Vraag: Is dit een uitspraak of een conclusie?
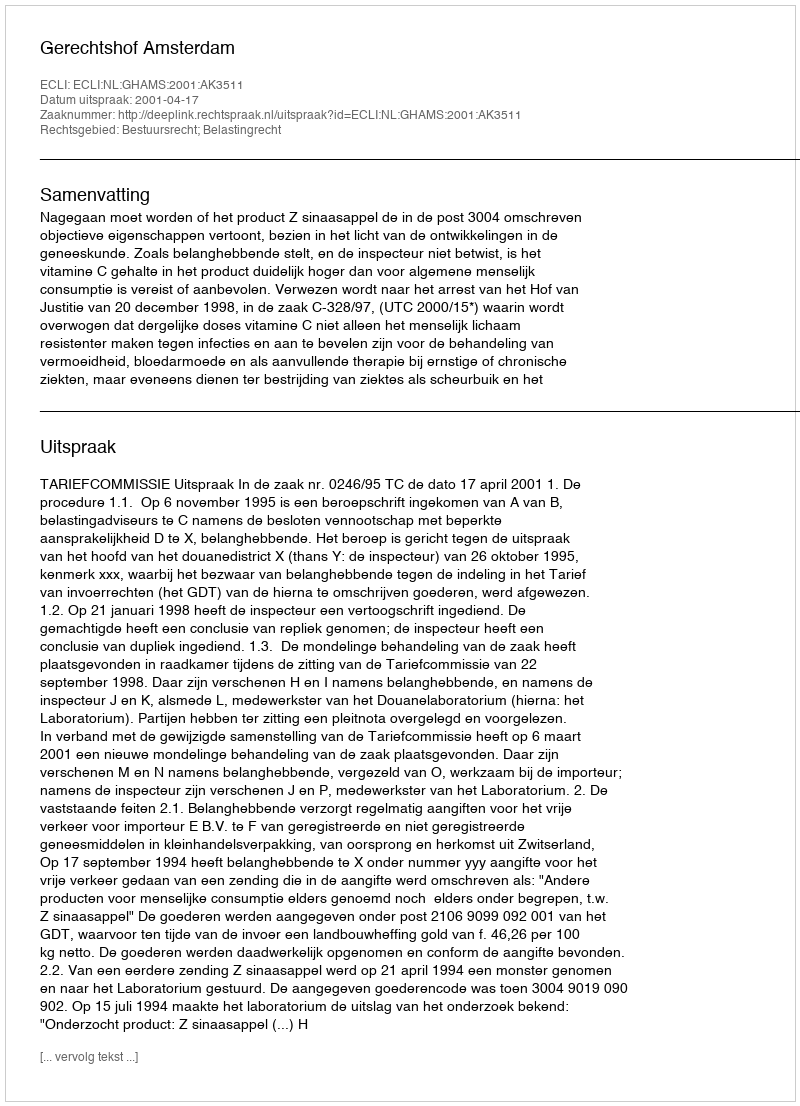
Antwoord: Uitspraak